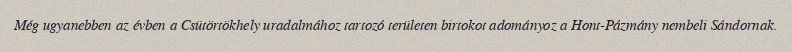
Még ugyanebben az évben a Csütörtökhely uradalmához tartozó területen birtokot adományoz a Hont-Pázmány nembeli Sándornak.